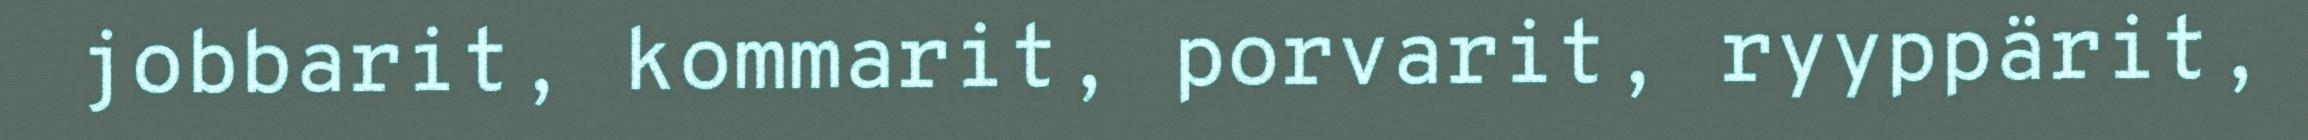
jobbarit, kommarit, porvarit, ryyppärit,